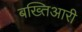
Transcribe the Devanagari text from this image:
बख्तिआरी